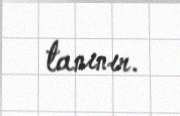
tanınır.